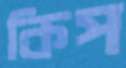
কিপ